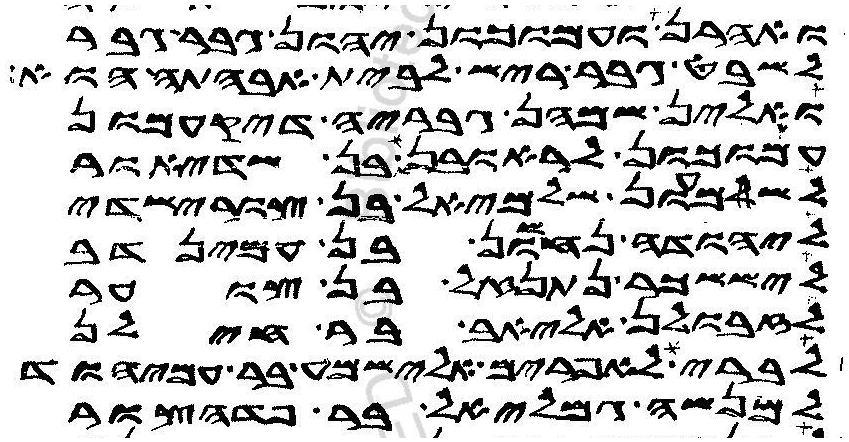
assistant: ואהרן ועמוכון יהון גבר גבר
לשבט גבר ריש לבית אבהתה הוא
ואלין שמהן גבריה דיקעמון
עמוכון לראובן אליצור בן שדיאור
לשמעון שלמיאל בן צורישדי
ליהודה נחשון בן עמינדב
ליששכר נתנאל בן צוער
לזבולן אליאב בר חילן
לבני אפרים אלישמע בר עמיהוד
למנשה גמליאל בר פדהצור